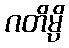
ဂတိမ္ပိ